Scottish Leaving Certificate Examination, 1957
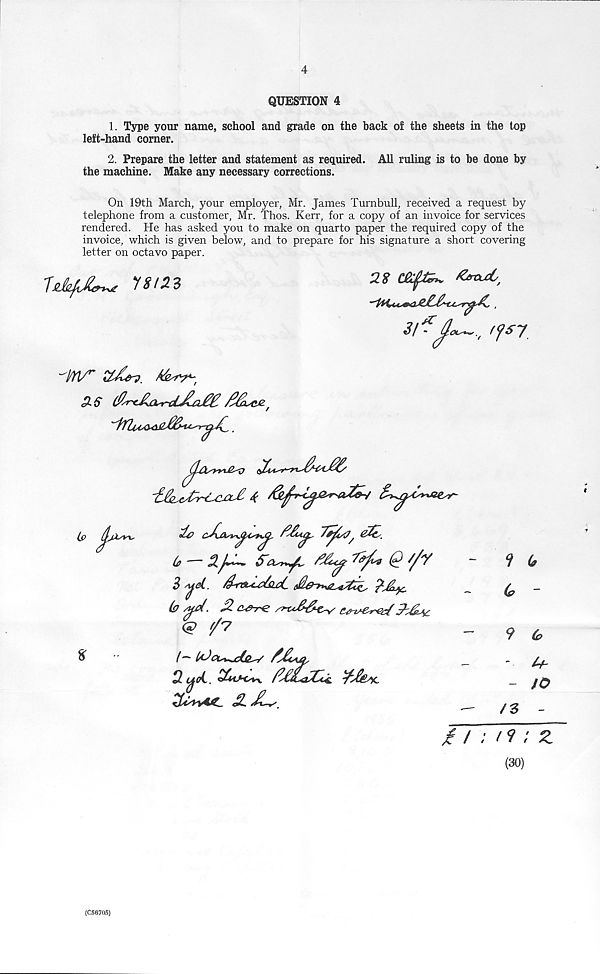
4
QUESTION 4
1. Type your name, school and grade on the back of the sheets in the top
left-hand comer.
2. Prepare the letter and statement as required. All ruling is to be done by
the machine. Make any necessary corrections.
On 19th March, your employer, Mr. James Turnbull, received a request by
telephone from a customer, Mr. Thos. Kerr, for a copy of an invoice for services
rendered. He has asked you to make on quarto paper the required copy of the
invoice, which is given below, and to prepare for his signature a short covering
letter on octavo paper.
28
31* dc
'fsy
-tw
%
(, — 2jl^
My rfaQ//y
3 yd. drx^cMihd
b yjd. £ e^re
p-^c
d (yoL.
1 6
(e
9
G
-
M
- 10
/3
-
£ / : t9 ; Z
(30)
(C56705)